Report on the nature of kala-azar
Disease focus: Kala-Azar
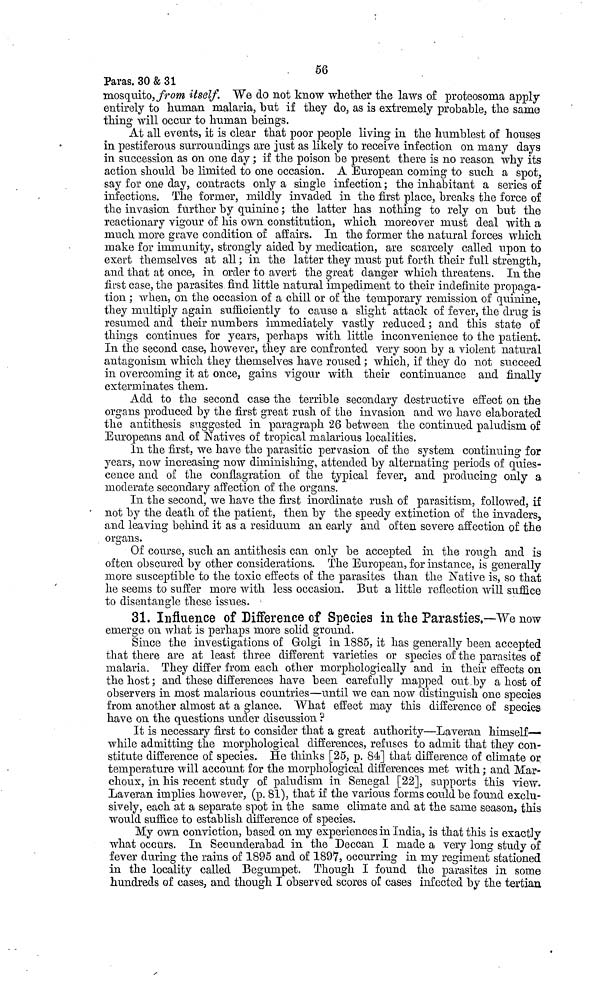
56
Paras. 30 & 31
mosquito, from itself. We do not know whether the laws of proteosoma apply
entirely to human malaria, but if they do, as is extremely probable, the same
thing will occur to human beings.
At all events, it is clear that poor people living in the humblest of houses
in pestiferous surroundings are just as likely to receive infection on many days
in succession as on one day ; if the poison be present there is no reason why its
action should be limited to one occasion. A European coming to such a spot,
say for one day, contracts only a single infection ; the inhabitant a series of
infections. The former, mildly invaded in the first place, breaks the force of
the invasion further by quinine ; the latter has nothing to rely on but the
reactionary vigour of his own constitution, which moreover must deal with a
much more grave condition of affairs. In the former the natural forces which
make for immunity, strongly aided by medication, are scarcely called upon to
exert themselves at all ; in the latter they must put forth their full strength,
and that at once, in order to avert the great danger which threatens. In the
first case, the parasites find little natural impediment to their indefinite propaga-
tion ; when, on the occasion of a chill or of the temporary remission of quinine,
they multiply again sufficiently to cause a slight attack of fever, the drug is
resumed and their numbers immediately vastly reduced ; and this state of
things continues for years, perhaps with little inconvenience to the patient.
In the second case, however, they are confronted very soon by a violent natural
antagonism which they themselves have roused ; which, if they do not succeed
in overcoming it at once, gains vigour with their continuance and finally
exterminates them.
Add to the second case the terrible secondary destructive effect on the
organs produced by the first great rush of the invasion and we have elaborated
the antithesis suggested in paragraph 26 between the continued paludism of
Europeans and of Natives of tropical malarious localities.
In the first, we have the parasitic pervasion of the system continuing for
years, now increasing now diminishing, attended by alternating periods of quies-
cence and of the conflagration of the typical fever, and producing only a
moderate secondary affection of the organs.
In the second, we have the first inordinate rush of parasitism, followed, if
not by the death of the patient, then by the speedy extinction of the invaders,
and leaving behind it as a residuum an early and often severe affection of the
organs.
Of course, such an antithesis can only be accepted in the rough and is
often obscured by other considerations. The European, for instance, is generally
more susceptible to the toxic effects of the parasites than the Native is, so that
he seems to suffer more with less occasion. But a little reflection will suffice
to disentangle these issues.
31. Influence of Difference of Species in the Parasties.—We now
emerge on what is perhaps more solid ground.
Since the investigations of Golgi in 1885, it has generally been accepted
that there are at least three different varieties or species of the parasites of
malaria. They differ from each other morphologically and in their effects on
the host ; and these differences have been carefully mapped out by a host of
observers in most malarious countries—until we can now distinguish one species
from another almost at a glance. What effect may this difference of species
have on the questions under discussion ?
It is necessary first to consider that a great authority—Laveran himself—
while admitting the morphological differences, refuses to admit that they con-
stitute difference of species. He thinks [25, p. 84] that difference of climate or
temperature will account for the morphological differences met with ; and Mar-
choux, in his recent study of paludism in Senegal [22], supports this view.
Laveran implies however, (p. 81), that if the various forms could be found exclu-
sively, each at a separate spot in the same climate and at the same season, this
would suffice to establish difference of species.
My own conviction, based on my experiences in "India, is that this is exactly
what occurs. In Secunderabad in the Deccan I made a very long study of
fever during the rains of 1895 and of 1897, occurring in my regiment stationed
in the locality called Begumpet. Though I found the parasites in some
hundreds of cases, and though I observed scores of cases infected by the tertian